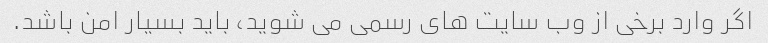
اگر وارد برخی از وب سایت های رسمی می شوید، باید بسیار امن باشد.